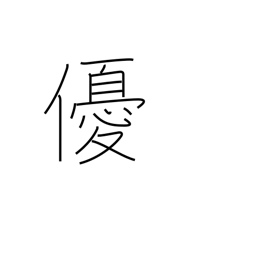
Meaning: actor